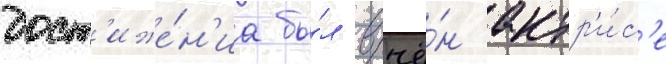
дост'иже́н'иа бы́л вручё́н актр'и́с'е